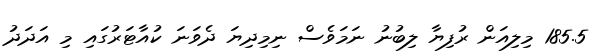
185.5 މިލިއަން ރުފިޔާ ލިބުނު ނަމަވެސް ނިމިދިޔަ ދެވަނަ ކުއާޓަރުގައި މި އަދަދު